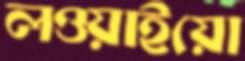
লওয়াইয়ো